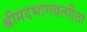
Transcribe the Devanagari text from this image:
श्रीमदभागवत्गीता